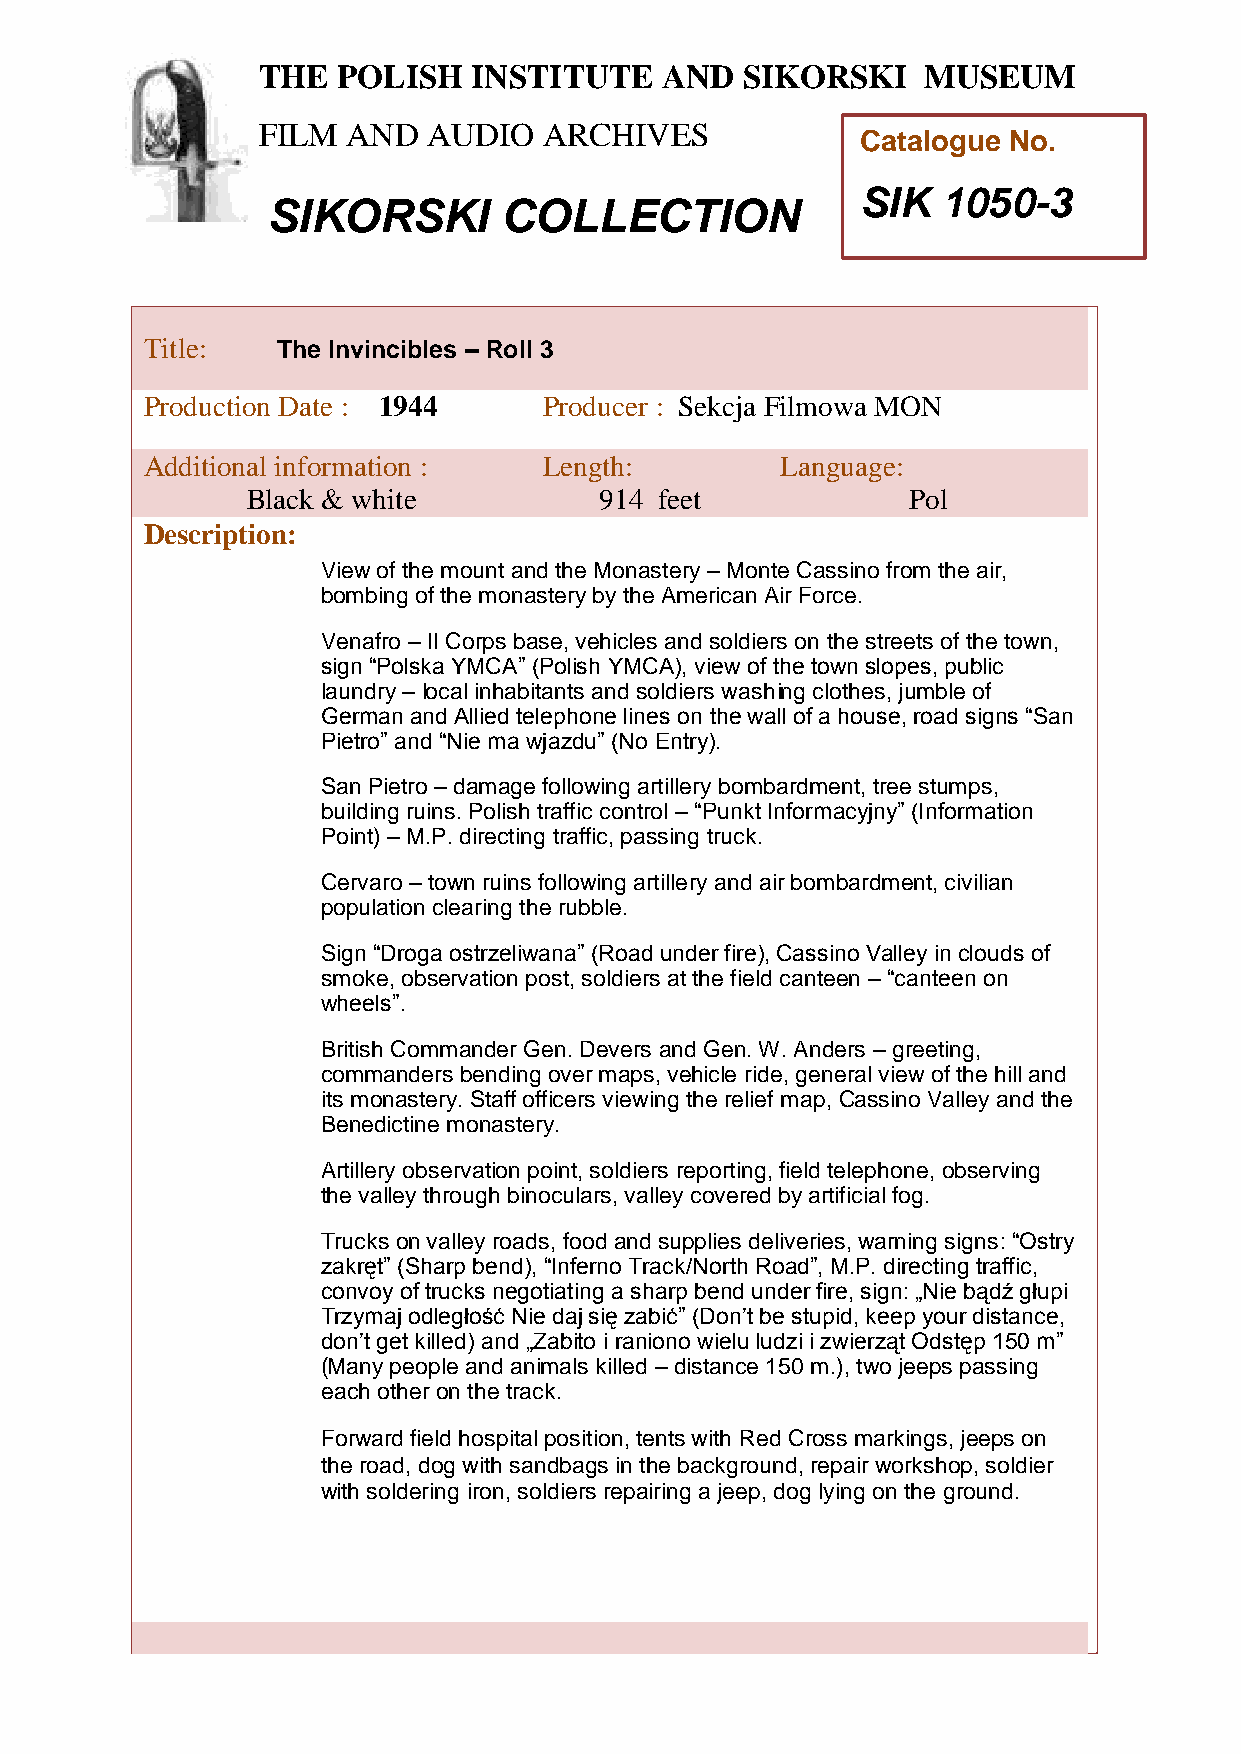
THE  POLISH   INSTITUTE    AND  SIKORSKI    MUSEUM
 FILM  AND  AUDIO   ARCHIVES
 Catalogue No.
 SIK  1050-3
 SIKORSKI       COLLECTION
 TTitle:     The Invincibles – Roll 3
 h
 Production Date : 1944     Producer : Sekcja Filmowa MON
 e
 Additional information :   Length:         Language:
 P
 Black & white           914 feet            Pol
 o
 l
 Descriptioni:
 sView of the mount and the Monastery – Monte Cassino from the air,
 hbombing of the monastery by the American Air Force.
 I
 Venafro – II Corps base, vehicles and soldiers on the streets of the town,
 sign “nPolska YMCA” (Polish YMCA), view of the town slopes, public
 laundry s– local inhabitants and soldiers washing clothes, jumble of
 German antd Allied telephone lines on the wall of a house, road signs “San
 i
 Pietro” and “Ntie ma wjazdu” (No Entry).
 u
 San Pietro – damage following artillery bombardment, tree stumps,
 t
 building ruins. Polish traffic control – “Punkt Informacyjny” (Information
 e
 Point) – M.P. directing traffic, passing truck.
 Cervaro – town ruins foallowing artillery and air bombardment, civilian
 population clearing the rubble.
 n
 Sign “Droga ostrzeliwana” (Rodad under fire), Cassino Valley in clouds of
 smoke, observation post, soldiers at the field canteen – “canteen on
 wheels”.               S
 i
 British Commander Gen. Devers and Gken. W. Anders – greeting,
 commanders bending over maps, vehicle ride, general view of the hill and
 o
 its monastery. Staff officers viewing the relief map, Cassino Valley and the
 r
 Benedictine monastery.
 s
 Artillery observation point, soldiers reporting, fieldk telephone, observing
 i
 the valley through binoculars, valley covered by artifi cial fog.
 Trucks on valley roads, food and supplies deliveries, warning signs: “Ostry
 M
 zakręt” (Sharp bend), “Inferno Track/North Road”, M.P. directing traffic,
 u
 convoy of trucks negotiating a sharp bend under fire, sign: „Nie bądź głupi
 Trzymaj odległość Nie daj się zabić” (Don’t be stupid, keep yosur distance,
 don’t get killed) and „Zabito i raniono wielu ludzi i zwierząt Odstęp 150 m”
 e
 (Many people and animals killed – distance 150 m.), two jeeps passing
 u
 each other on the track.
 Forward field hospital position, tents with Red Cross markings, jeeps omn
 the road, dog with sandbags in the background, repair workshop, soldier
 with soldering iron, soldiers repairing a jeep, dog lying on the ground.